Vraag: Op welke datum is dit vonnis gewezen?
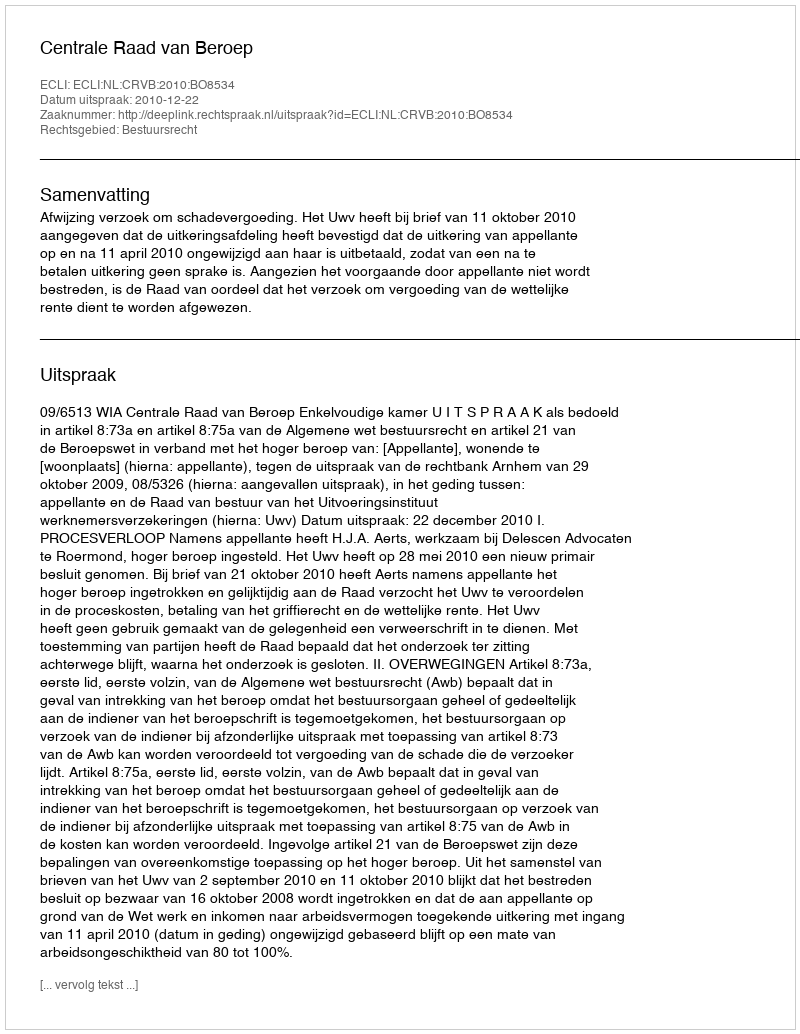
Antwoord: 2010-12-22